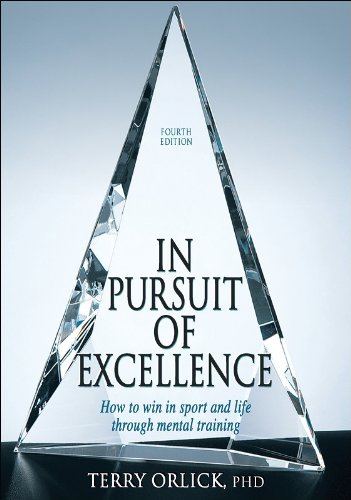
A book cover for In Pursuit of Excellence - 4th Edition; Terry Orlick; Sports & Outdoors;